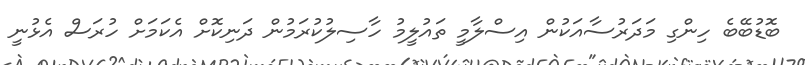
ބޮޑުބޭބެ ހިންގި މަދަރުސާއަކުން އިސްލާމީ ތައުލީމު ހާސިލުކުރަމުން ދަނިކޮށް އެކަމަށް ހުރަސް އެޅުނީ